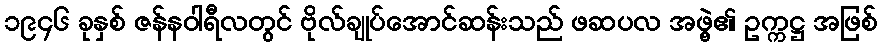
၁၉၄၆ ခုနှစ် ဇန်နဝါရီလတွင် ဗိုလ်ချုပ်အောင်ဆန်းသည် ဖဆပလ အဖွဲ့၏ ဥက္ကဋ္ဌ အဖြစ်